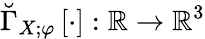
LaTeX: \breve{\Gamma}_{X;\varphi}\left[\cdot\right]:\mathbb{R}\to\mathbb{R}^{3}